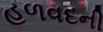
હળવદની